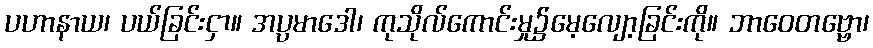
ပဟာနာယ၊ ပယ်ခြင်းငှာ။ အပ္ပမာဒေါ၊ ကုသိုလ်ကောင်းမှု၌မေ့လျော့ခြင်းကို။ ဘာဝေတဗ္ဗော၊